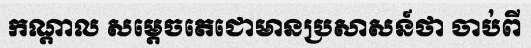
កណ្តាល សម្តេចតេជោមានប្រសាសន៍ថា ចាប់ពី